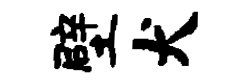
壁犬